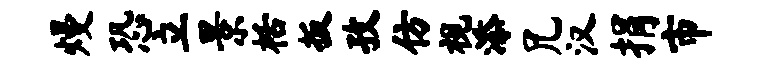
熳恐立景栝扳孜仿视添兄汉捐市